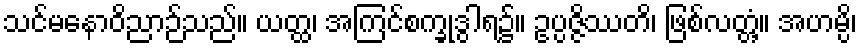
သင်မနောဝိညာဉ်သည်။ ယတ္ထ၊ အကြင်စက္ခုဒွါရ၌။ ဥပ္ပဇ္ဇိဿတိ၊ ဖြစ်လတ္တံ့။ အဟမ္ပိ၊